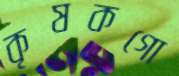
কৃষকগো